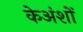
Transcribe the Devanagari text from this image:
केअंशों